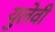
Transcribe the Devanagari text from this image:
युलेवी